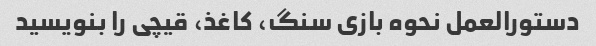
دستورالعمل نحوه بازی سنگ، کاغذ، قیچی را بنویسید